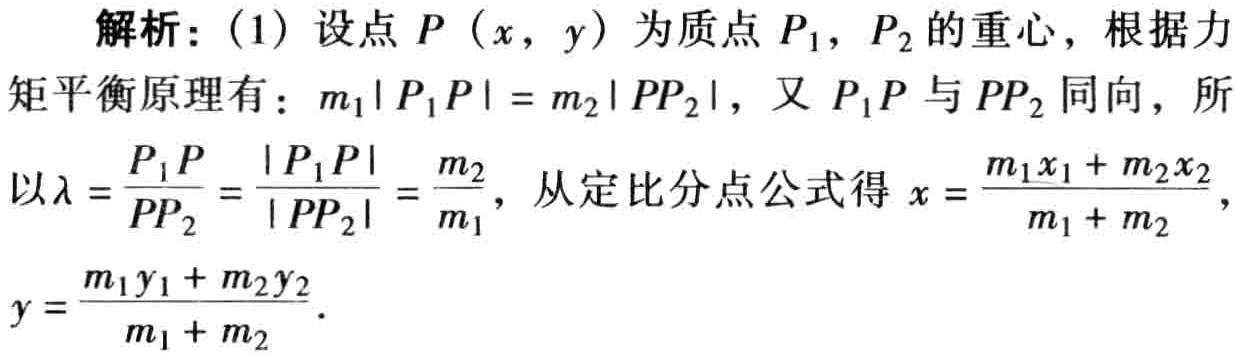
解析：(1) 设点 \(P(x,y)\) 为质点 \(P_1\)，\(P_2\) 的重心，根据力矩平衡原理有：\(m_1|P_1P| = m_2|PP_2|\)，又 \(P_1P\) 与 \(PP_2\) 同向，所以 \(\lambda=\frac{P_1P}{PP_2}=\frac{|P_1P|}{|PP_2|}=\frac{m_2}{m_1}\)，从定比分点公式得 \(x = \frac{m_1x_1 + m_2x_2}{m_1 + m_2}\)，\(y=\frac{m_1y_1 + m_2y_2}{m_1 + m_2}\)。